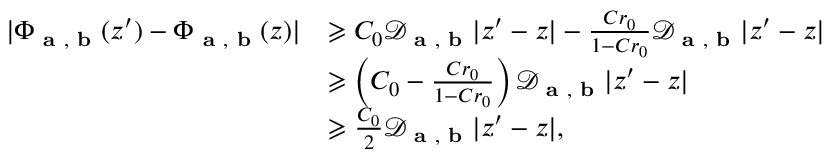
\begin{array} { r l } { \vert \Phi _ { \textbf { a } , \textbf { b } } ( z ^ { \prime } ) - \Phi _ { \textbf { a } , \textbf { b } } ( z ) \vert } & { \geqslant C _ { 0 } \mathcal { D } _ { \textbf { a } , \textbf { b } } \vert z ^ { \prime } - z \vert - \frac { C r _ { 0 } } { 1 - C r _ { 0 } } \mathcal { D } _ { \textbf { a } , \textbf { b } } \vert z ^ { \prime } - z \vert } \\ & { \geqslant \left( C _ { 0 } - \frac { C r _ { 0 } } { 1 - C r _ { 0 } } \right) \mathcal { D } _ { \textbf { a } , \textbf { b } } \vert z ^ { \prime } - z \vert } \\ & { \geqslant \frac { C _ { 0 } } { 2 } \mathcal { D } _ { \textbf { a } , \textbf { b } } \vert z ^ { \prime } - z \vert , } \end{array}